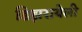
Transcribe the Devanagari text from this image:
डिझरायेली